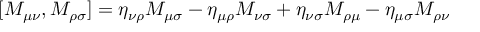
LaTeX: [ M _ { \mu \nu } , M _ { \rho \sigma } ] = \eta _ { \nu \rho } M _ { \mu \sigma } - \eta _ { \mu \rho } M _ { \nu \sigma } + \eta _ { \nu \sigma } M _ { \rho \mu } - \eta _ { \mu \sigma } M _ { \rho \nu }